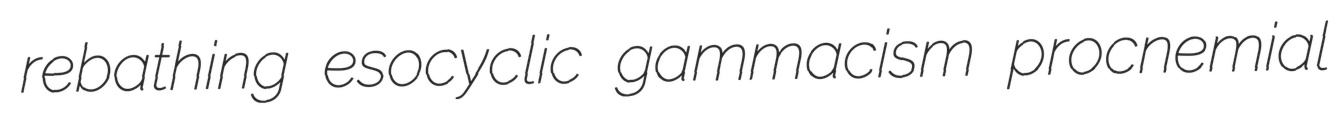
rebathing esocyclic gammacism procnemial